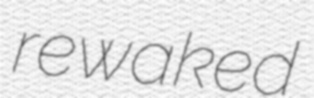
rewaked